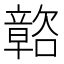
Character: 𲊩